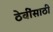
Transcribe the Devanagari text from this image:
ठेवींसाठी